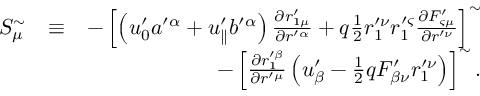
\begin{array} { r l r } { S _ { \mu } ^ { \sim } } & { \equiv } & { - \left[ \left( u _ { 0 } ^ { \prime } a ^ { \prime \alpha } + u _ { \parallel } ^ { \prime } b ^ { \prime \alpha } \right) \frac { \partial r _ { 1 \mu } ^ { \prime } } { \partial r ^ { \prime \alpha } } + q \frac { 1 } { 2 } r _ { 1 } ^ { \prime \nu } r _ { 1 } ^ { \prime \varsigma } \frac { \partial F _ { \varsigma \mu } ^ { \prime } } { \partial r ^ { \prime \nu } } \right] ^ { \sim } } \\ & { } & { - \left[ \frac { \partial r _ { 1 } ^ { \prime \beta } } { \partial r ^ { \prime \mu } } \left( u _ { \beta } ^ { \prime } - \frac { 1 } { 2 } q F _ { \beta \nu } ^ { \prime } r _ { 1 } ^ { \prime \nu } \right) \right] ^ { \sim } . } \end{array}